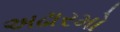
અઢારમો